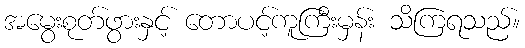
အမွေးစုတ်ဖွားနှင့် တောပင့်ကူကြီးမှန်း သိကြရသည်။